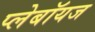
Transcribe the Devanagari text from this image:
प्लेबॉयज